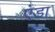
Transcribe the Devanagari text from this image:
एंडा